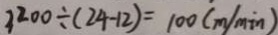
3 2 0 0 \div ( 2 4 - 1 2 ) = 1 0 0 ( m / \min )